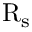
\mathrm { R _ { s } }